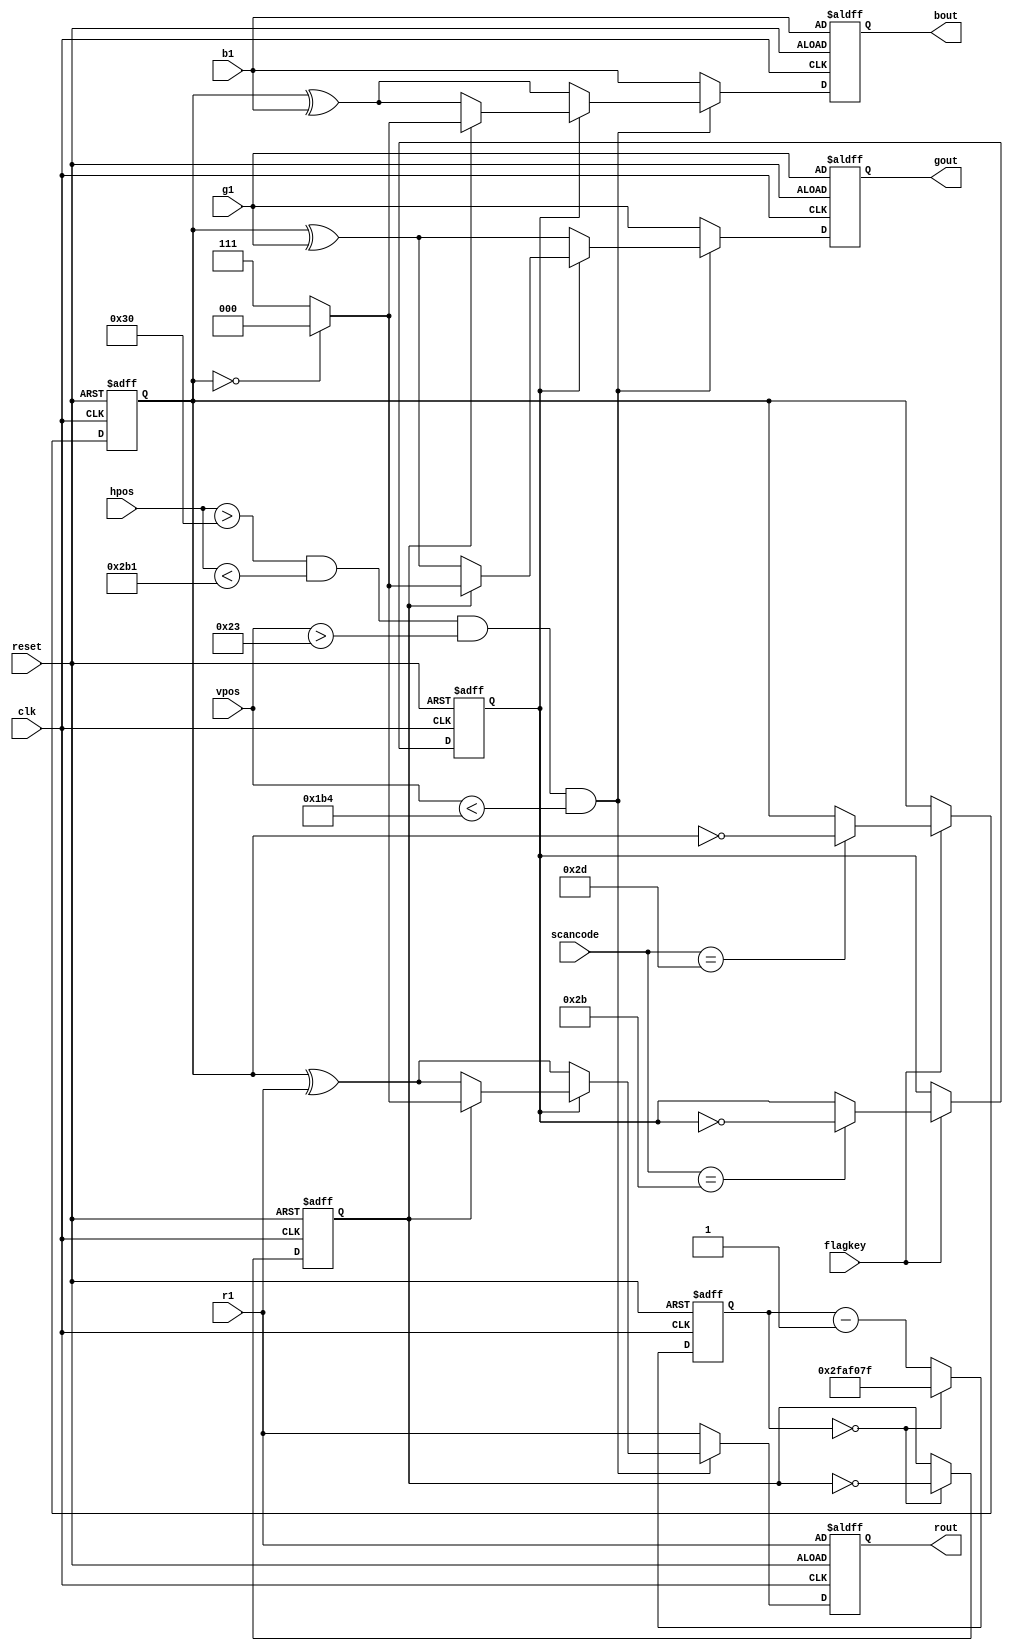
module extra(clk, reset, r1, g1, b1, hpos, vpos, scancode, flagkey, rout, gout, bout);
input [2:0] r1, g1, b1;
input [7:0] scancode;
input clk, reset, flagkey;
input [9:0] hpos;
input [8:0] vpos;
output [2:0] rout, gout, bout;

reg [2:0] rout, gout, bout, mask;
reg [25:0] counter;
reg fon, flash;

always @(posedge clk or posedge reset) 
begin
	if (reset)
	begin
		mask <= 0;
		rout <= r1;
		gout <= g1;
		bout <= b1;
		counter <= 0;
		fon <= 0;
		flash <= 0;
	end
	else
	begin
		if (counter == 0)//0.5Hz
		begin
			counter <= 49999999;
			fon <= ~fon;
		end
		else
		begin
			counter <= counter - 1;
		end
		if (flagkey == 1)
		begin
			case (scancode)
			8'h2b: //press F
			begin
				flash <= ~flash;
			end
			8'h2d: //press R
			begin
				mask <= ~mask;
			end
			endcase
		end
		if ((hpos > 48) && (hpos < 689) && (vpos > 35) && (vpos < 436)) //only in visible area
		begin
			if (flash == 1)
			begin
				if (fon == 1)
				begin
					if (mask == 0)
					begin
						rout <= 0;
						gout <= 0;
						bout <= 0;
					end
					else
					begin
						rout <= 7;
						gout <= 7;
						bout <= 7;
					end
				end
				else
				begin
					rout <= mask^r1;
					gout <= mask^g1;
					bout <= mask^b1;
				end
			end
			else
			begin
				rout <= mask^r1;
				gout <= mask^g1;
				bout <= mask^b1;
			end
		end
		else
		begin
			rout <= r1;
			gout <= g1;
			bout <= b1;
		end
	end
end

endmodule